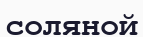
соляной